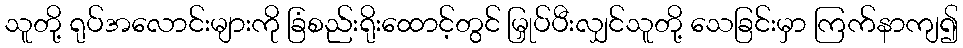
သူတို့ ရုပ်အလောင်းများကို ခြံစည်းရိုးထောင့်တွင် မြှုပ်ပီးလျှင်သူတို့ သေခြင်းမှာ ကြက်နာကျ၍